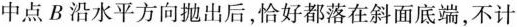
中点B沿水平方向抛出后，恰好都落在斜面底端，不计